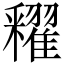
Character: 𨤠